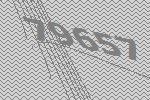
79657